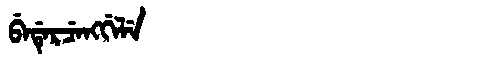
Manchu: ᠪᡝᡩᡝᡵᠴᡝᠩᡤᡝᠯᡝ
Romanization: BEDERCENGGELE